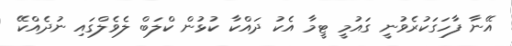
އޭނާ ފާހަގަކުރެވުނީ ގައުމީ ޓީމާ އެކު ދައްކާ ކުޅުން ކްލަބް ލެވެލްގައި ނުދެއްކޭ